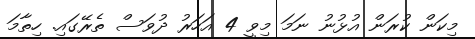
މިކަން ކުރަން އުޅުނު ނަމަ މިވީ 4 އަހަރު ދުވަސް ތެރޭގައި. ހިތާމަ